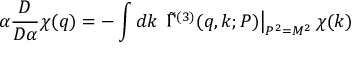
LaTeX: \alpha \frac { D } { D \alpha } \chi ( q ) = - \int d k \, \left. \tilde { \Gamma } ^ { ( 3 ) } ( q , k ; P ) \right| _ { P ^ { 2 } = M ^ { 2 } } \chi ( k )